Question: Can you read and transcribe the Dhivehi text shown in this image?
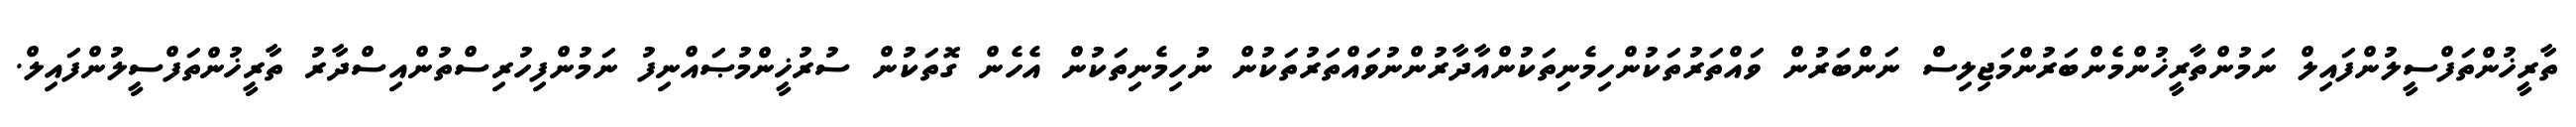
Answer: ތާރީޚުންތަފްސީލުންފައިލް ނަމުންތާރީޚުންމެންބަރުންމަޖިލިސް ނަންބަރުން ވައްތަރުތަކުންހިމެނިތަކުންއާދާރުންނުވައްތަރުތަކުން ނުހިމެނިތަކުން އެހެން ގޮތަކުން ސުރުޚީންމުޞައްނިފު ނަމުންފިހުރިސްތުންއިސްދާރު ތާރީޚުންތަފްސީލުންފައިލް.